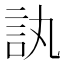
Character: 訙